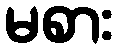
မစား